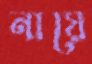
নায়ে